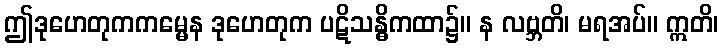
ဤဒုဟေတုကကမ္မေန ဒုဟေတုက ပဋိသန္ဓိကထာ၌။ န လဗ္ဘတိ၊ မရအပ်။ ဣတိ၊